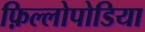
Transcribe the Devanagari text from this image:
फ़िल्लोपोडिया